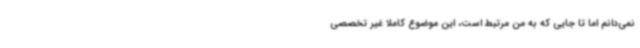
نمی‌دانم اما تا جایی که به من مرتبط است، این موضوع کاملا غیر تخصصی